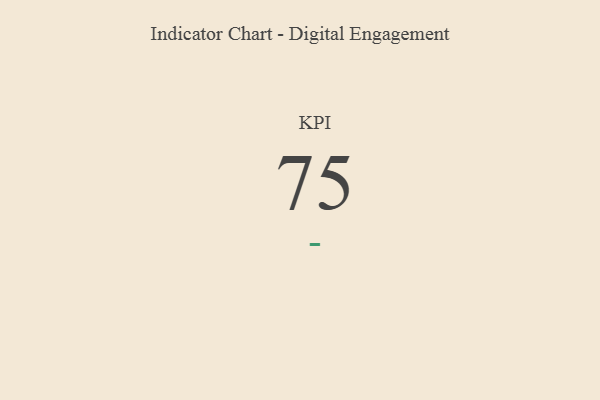
{"axis": {"x": "KPI", "y": "Value"}, "legend": [""], "data": [{"x": "KPI", "y": 75, "type": ""}]}